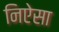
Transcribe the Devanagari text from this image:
निऐसा